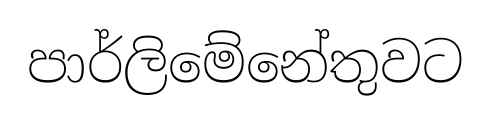
පාර්ලිමේනේතුවට